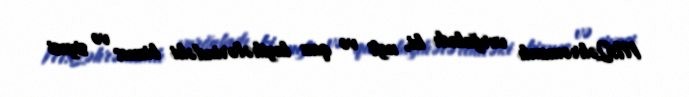
M.Qəhrəmanlı vurğuladı ki, neft və qaz layihələrindəki biznes və siyasi